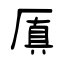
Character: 厧